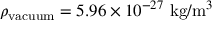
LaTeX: \rho _ { \mathrm { v a c u u m } } = 5 . 9 6 \times 1 0 ^ { - 2 7 } { \mathrm { ~ k g / m } } ^ { 3 }